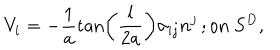
V _ { i } = - \frac { 1 } { a } \tan \left( \frac { l } { 2 a } \right) \sigma _ { i j } n ^ { j } \, ; \mathrm { o n ~ } S ^ { D } ,